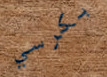
بكرسي